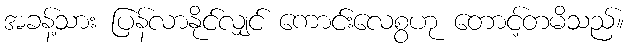
အခန့်သား ပြန်လာနိုင်လျှင် ကောင်းလေစွဟု တောင့်တမိသည်။